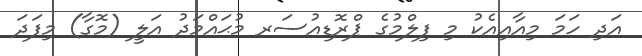
އަދި ހަމަ މިއާއިއެކު މި ފިލްމުގެ ޕްރޮޑިއުސަރ މުޙައްމަދު އަލީ (މޮގާ) މިފަދަ